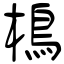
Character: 樢